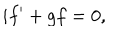
LaTeX: i f ^ { \prime } + g f = 0 ,